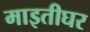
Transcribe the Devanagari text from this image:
माइतीघर